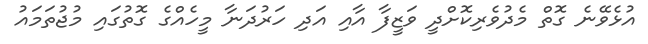
އުޅެވޭނެ ގޮތް މެދުވެރިކޮށްދީ ވަޒީފާ އާއި އަދި ހަރުދަނާ މީހެއްގެ ގޮތުގައި މުޖުތަމައު